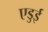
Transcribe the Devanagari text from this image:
एडुई